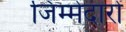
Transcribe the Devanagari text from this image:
जिम्मेदारों